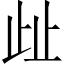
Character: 𣥖